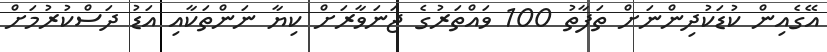
އޭގެއިން ކުޑަކުދިންނަށް ތަފާތު 100 ވައްތަރުގެ ޖަނަވާރަށް ކިޔާ ނަންތަކާއި އަޑު ދަސްކުރުމަށް